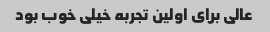
عالی برای اولین تجربه خیلی خوب بود